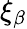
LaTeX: \xi_{\beta}